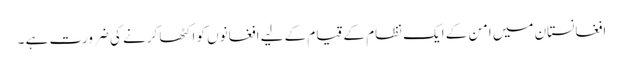
افغانستان میں امن کے ایک نظام کے قیام کے لیے افغانوں کو اکٹھا کرنے کی ضرورت ہے ۔